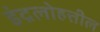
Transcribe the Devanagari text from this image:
इंद्रलोहत्तील